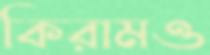
কিরামও